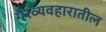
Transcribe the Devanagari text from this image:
गैरव्यवहारातील